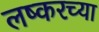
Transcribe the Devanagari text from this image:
लष्करच्या